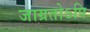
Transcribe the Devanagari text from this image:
जाग्रतोऽपि